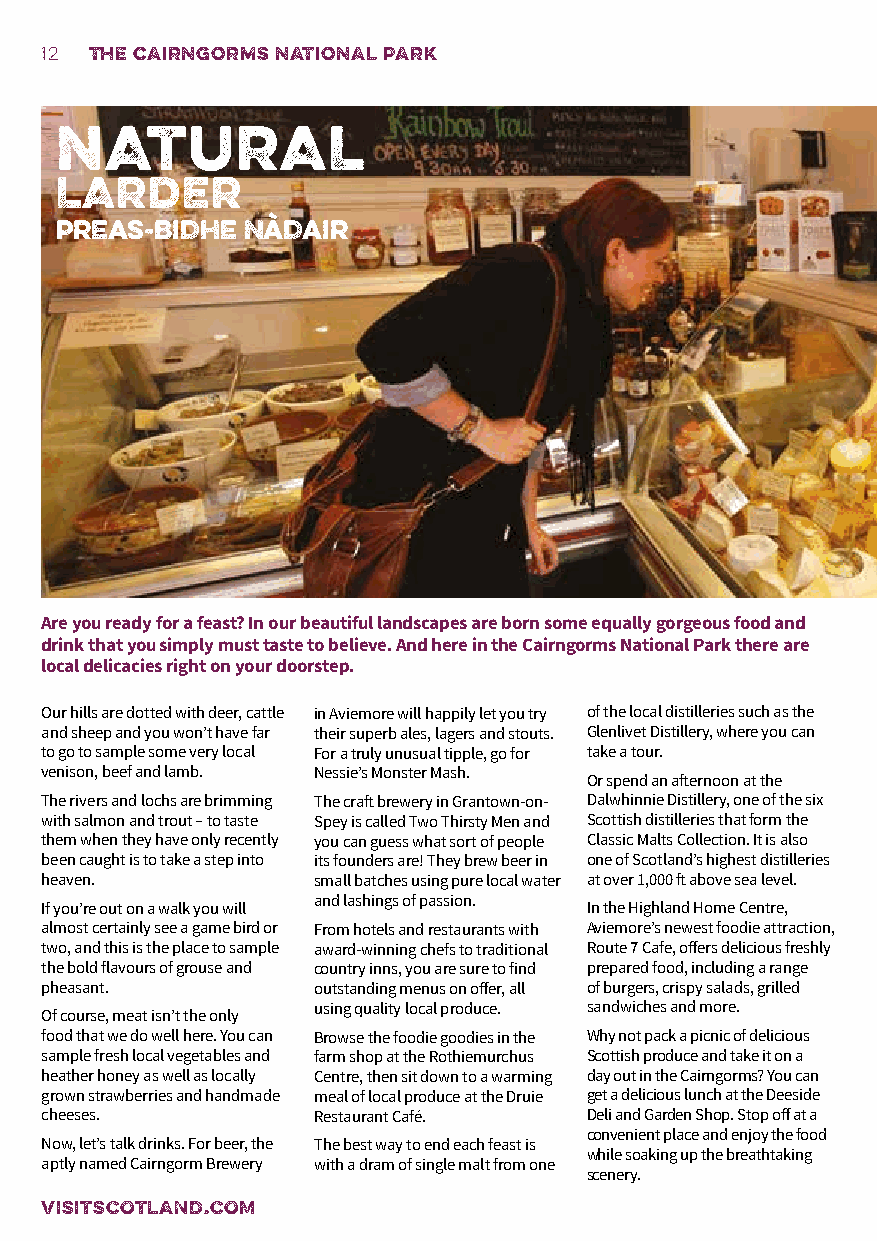
12 the cairngorms national park
 NATURAL
 LARDER
 Preas-bidhe Nàdair
 Are you ready for a feast? In our beautiful landscapes are born some equally gorgeous food and
 drink that you simply must taste to believe. And here in the Cairngorms National Park there are
 local delicacies right on your doorstep.
 Our hills are dotted with deer, cattle in Aviemore will happily let you try of the local distilleries such as the
 and sheep and you won’t have far their superb ales, lagers and stouts. Glenlivet Distillery, where you can
 to go to sample some very local For a truly unusual tipple, go for take a tour.
 venison, beef and lamb. Nessie’s Monster Mash.
 Or spend an afternoon at the
 The rivers and lochs are brimming The craft brewery in Grantown-on- Dalwhinnie Distillery, one of the six
 with salmon and trout – to taste Spey is called Two Thirsty Men and Scottish distilleries that form the
 them when they have only recently you can guess what sort of people Classic Malts Collection. It is also
 been caught is to take a step into its founders are! They brew beer in one of Scotland’s highest distilleries
 heaven.           small batches using pure local water at over 1,000 ft above sea level.
 and lashings of passion.
 If you’re out on a walk you will    In the Highland Home Centre,
 almost certainly see a game bird or From hotels and restaurants with Aviemore’s newest foodie attraction,
 two, and this is the place to sample award-winning chefs to traditional Route 7 Cafe, offers delicious freshly
 the bold flavours of grouse and country inns, you are sure to find prepared food, including a range
 pheasant.         outstanding menus on offer, all of burgers, crispy salads, grilled
 using quality local produce. sandwiches and more.
 Of course, meat isn’t the only
 food that we do well here. You can Browse the foodie goodies in the Why not pack a picnic of delicious
 sample fresh local vegetables and farm shop at the Rothiemurchus Scottish produce and take it on a
 heather honey as well as locally Centre, then sit down to a warming day out in the Cairngorms? You can
 grown strawberries and handmade meal of local produce at the Druie get a delicious lunch at the Deeside
 cheeses.          Restaurant Café.  Deli and Garden Shop. Stop off at a
 convenient place and enjoy the food
 Now, let’s talk drinks. For beer, the The best way to end each feast is
 while soaking up the breathtaking
 aptly named Cairngorm Brewery with a dram of single malt from one
 scenery.
 VISITSCOTLAND.COM